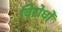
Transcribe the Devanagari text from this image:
विरोधोँ